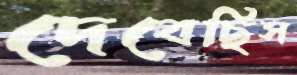
দেবেছিস